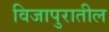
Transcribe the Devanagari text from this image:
विजापुरातील